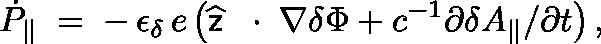
\dot { P } _ { \| } \; = \; - \, \epsilon _ { \delta } \, e \left( \widehat { \sf z } \, \mathrm { ~ \boldmath ~ \cdot ~ } \, \nabla \delta \Phi + c ^ { - 1 } \partial \delta A _ { \| } / \partial t \right) ,